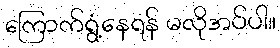
ကြောက်ရွံ့နေရန် မလိုအပ်ပါ။